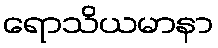
ရောသိယမာနာ